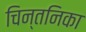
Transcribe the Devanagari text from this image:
चिन्तनिका